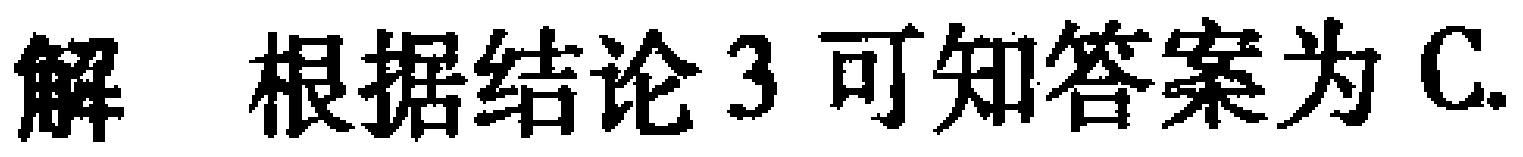
解 根据结论3可知答案为C.